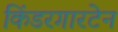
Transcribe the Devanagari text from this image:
किंडरगारटेन